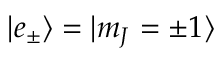
| e _ { \pm } \rangle = | m _ { J } = \pm 1 \rangle